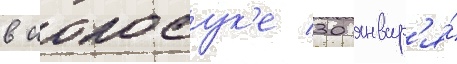
в иокосук'е 30 январ'я́